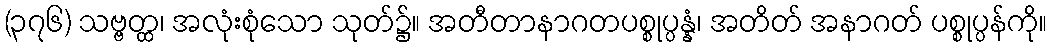
(၃၇၆) သဗ္ဗတ္ထ၊ အလုံးစုံသော သုတ်၌။ အတီတာနာဂတပစ္စုပ္ပန္နံ၊ အတိတ် အနာဂတ် ပစ္စုပ္ပန်ကို။